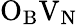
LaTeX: \mathrm{O}_{\mathrm{B}}\mathrm{V}_{\mathrm{N}}